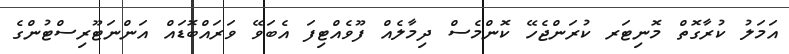
އަމަލު ކުރާގޮތް މޮނިޓަރ ކުރަންޖެހޭ ކޮންމެސް ދިމާލެއް ފޫވެއްޓިފަ އެބަވޭ ވަރައްބޮޑައް އަންނަޓޫރިސްޓުންގެ